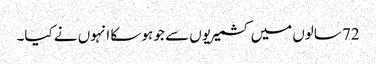
72 سالوں میں کشمیریوں سے جو ہو سکا انہوں نے کیا۔